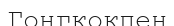
Гонгкокпен